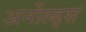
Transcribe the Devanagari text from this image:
अर्नोल्ड्स